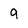
Character: 9